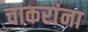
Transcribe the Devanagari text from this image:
चाकरांना